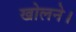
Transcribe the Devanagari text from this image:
खोलने।